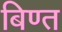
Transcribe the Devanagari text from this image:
बिण्त